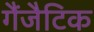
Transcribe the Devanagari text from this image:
गैंजैटिक